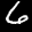
Label: 6